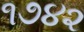
૧૭૪૨